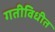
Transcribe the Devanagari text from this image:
गतीविधीत